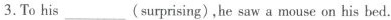
3.To his___(surprising),he saw a mouse on his bed.